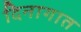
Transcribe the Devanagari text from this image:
दिनागात